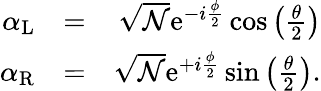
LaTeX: \begin{array}{rlr}{\alpha_{\mathrm{L}}}&{=}&{\sqrt{{\mathcal N}}\mathrm{e}^{-i\frac{\phi}{2}}\cos\left(\frac{\theta}{2}\right)}\\ {\alpha_{\mathrm{R}}}&{=}&{\sqrt{{\mathcal N}}\mathrm{e}^{+i\frac{\phi}{2}}\sin\left(\frac{\theta}{2}\right).}\end{array}